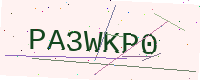
Text: PA3WKP0